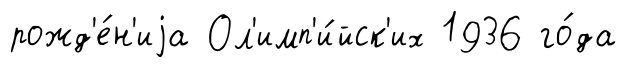
рожд'е́н'иjа Ол'имп'и́йск'их 1936 го́да